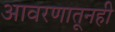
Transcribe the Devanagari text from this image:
आवरणातूनही